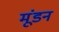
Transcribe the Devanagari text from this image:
मूंडन